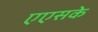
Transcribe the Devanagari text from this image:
एएसके